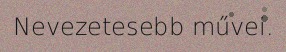
Nevezetesebb művei.